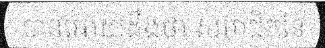
បានអោយដឹងថា សមាជិកនៃ